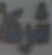
شركة